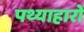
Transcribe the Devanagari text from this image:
पथ्याहारों